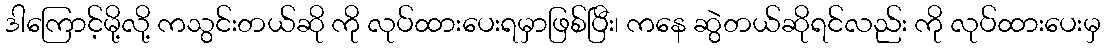
ဒါကြောင့်မို့လို့ ကသွင်းတယ်ဆို ကို လုပ်ထားပေးရမှာဖြစ်ပြီး၊ ကနေ ဆွဲတယ်ဆိုရင်လည်း ကို လုပ်ထားပေးမှ